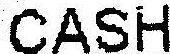
CASH